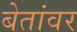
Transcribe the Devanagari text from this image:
बेतांवर